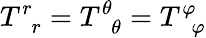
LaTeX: T_{\, \, \, r}^{r}=T_{\, \, \, \theta}^{\theta}=T_{\, \, \, \varphi}^{\varphi}